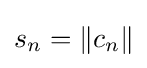
s_{n}=\left\|c_{n}\right\|